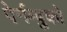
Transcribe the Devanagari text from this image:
पेर्नम्बुको